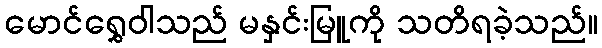
မောင်ရွှေဝါသည် မနှင်းမြူကို သတိရခဲ့သည်။